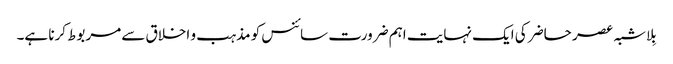
بِلاشبہ عصر حاضر کی ایک نہایت اہم ضرورت سائنس کو مذہب و اخلاق سے مربوط کرنا ہے۔